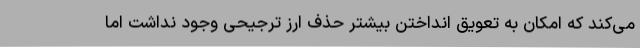
می‌کند که امکان به تعویق انداختن بیشتر حذف ارز ترجیحی وجود نداشت اما